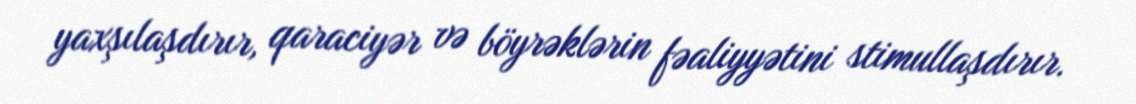
yaxşılaşdırır, qaraciyər və böyrəklərin fəaliyyətini stimullaşdırır.